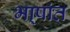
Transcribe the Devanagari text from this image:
भा्षांत